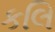
કલિ